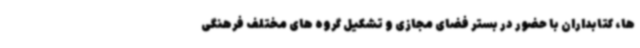
ها، کتابداران با حضور در بستر فضای مجازی و تشکیل گروه های مختلف فرهنگی